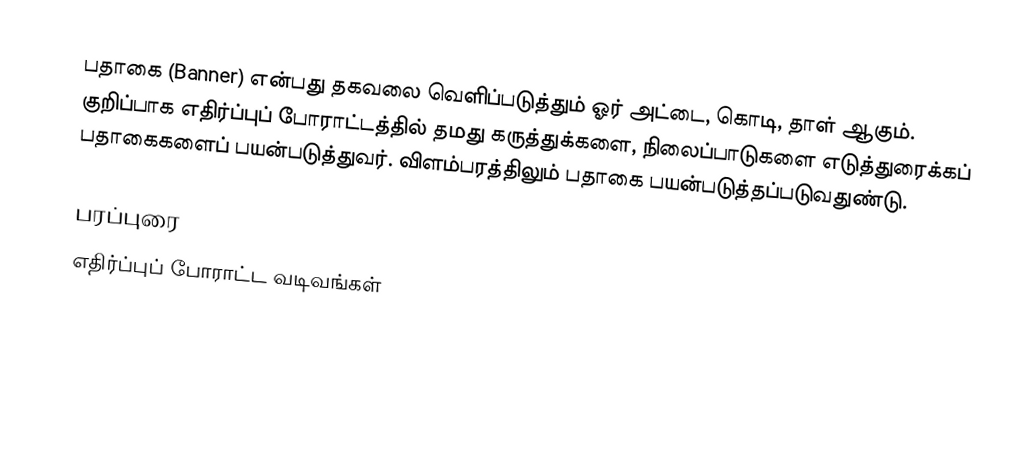
பதாகை (Banner) என்பது தகவலை வெளிப்படுத்தும் ஓர் அட்டை, கொடி, தாள் ஆகும். குறிப்பாக எதிர்ப்புப் போராட்டத்தில் தமது கருத்துக்களை, நிலைப்பாடுகளை எடுத்துரைக்கப் பதாகைகளைப் பயன்படுத்துவர். விளம்பரத்திலும் பதாகை பயன்படுத்தப்படுவதுண்டு.

பரப்புரை
எதிர்ப்புப் போராட்ட வடிவங்கள்